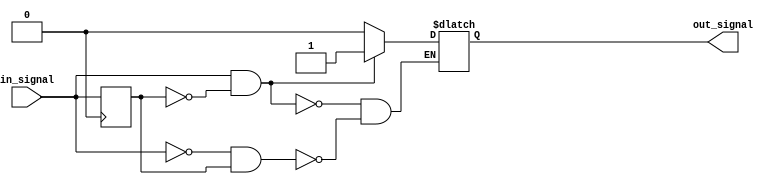
module schmitt_trigger_buffer (
    input wire in_signal,
    output reg out_signal 
);

reg prevState;

always @(in_signal)
begin
    if (in_signal && !prevState)
        out_signal <= 1;
    else if (!in_signal && prevState)
        out_signal <= 0;
end

always @(posedge clk)
begin
    prevState <= in_signal;
end

endmodule